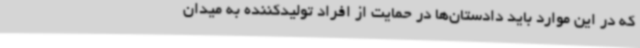
که در این موارد باید دادستان‌ها در حمایت از افراد تولیدکننده به میدان